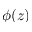
\phi ( z )